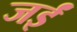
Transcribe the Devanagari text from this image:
जईं